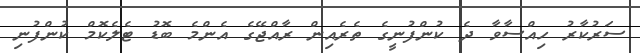
ސަރުކާރު ހިއްސާވާ ދެ ކުންފުނީގެ ތެރެއިން ރާއްޖޭގެ އެންމެ ބޮޑު ޓެލެކޮމް ކުންފުނި